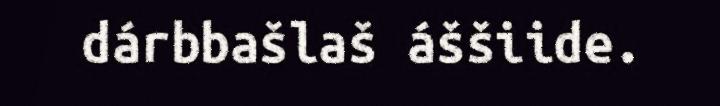
dárbbašlaš áššiide.